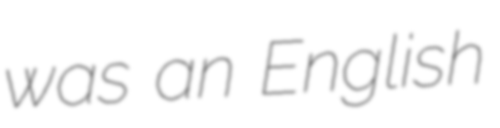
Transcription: was an English